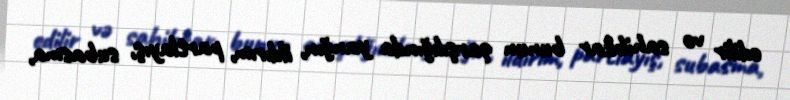
edilir və sahibkar bunun qarşılığında yanğın, ildırım, partlayış, subasma,